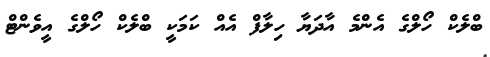
ބްލެކް ހޯލްގެ އެންމެ އާދަޔާ ހިލާފް އެއް ކަމަކީ ބްލެކް ހޯލްގެ އީވެންޓް